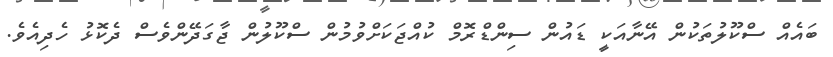
ބައެއް ސްކޫލުތަކުން އޭނާއަކީ ޑައުން ސިންޑްރޮމް ކުއްޖަކަށްވުމުން ސްކޫލުން ޖާގަދޭންވެސް ދެކޮޅު ހެދިއެވެ.